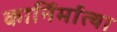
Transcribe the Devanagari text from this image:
कार्निर्मात्या